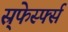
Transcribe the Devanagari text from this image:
स्र्फेर्स्फ्स